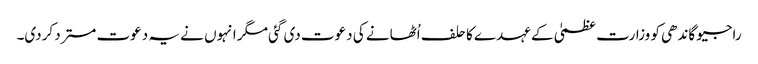
راجیو گاندھی کو وزارت عظمیٰ کے عہدے کا حلف اُٹھانے کی دعوت دی گئی مگر انہوں نے یہ دعوت مسترد کردی۔